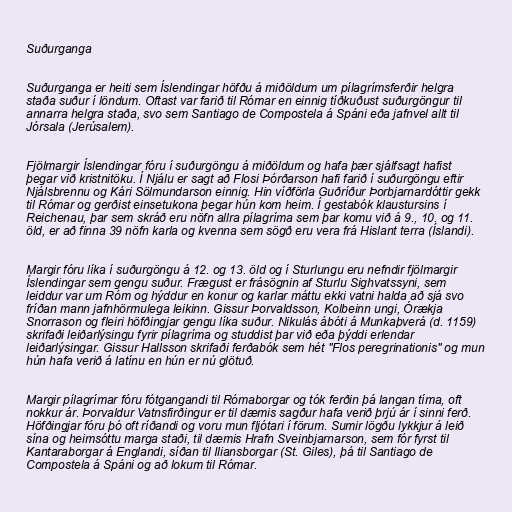
Suðurganga

Suðurganga er heiti sem Íslendingar höfðu á miðöldum um pílagrímsferðir helgra
staða suður í löndum. Oftast var farið til Rómar en einnig tíðkuðust suðurgöngur til
annarra helgra staða, svo sem Santiago de Compostela á Spáni eða jafnvel allt til
Jórsala (Jerúsalem).

Fjölmargir Íslendingar fóru í suðurgöngu á miðöldum og hafa þær sjálfsagt hafist
þegar við kristnitöku. Í Njálu er sagt að Flosi Þórðarson hafi farið í suðurgöngu eftir
Njálsbrennu og Kári Sölmundarson einnig. Hin víðförla Guðríður Þorbjarnardóttir gekk
til Rómar og gerðist einsetukona þegar hún kom heim. Í gestabók klaustursins í
Reichenau, þar sem skráð eru nöfn allra pílagríma sem þar komu við á 9., 10. og 11.
öld, er að finna 39 nöfn karla og kvenna sem sögð eru vera frá Hislant terra (Íslandi).

Margir fóru líka í suðurgöngu á 12. og 13. öld og í Sturlungu eru nefndir fjölmargir
Íslendingar sem gengu suður. Frægust er frásögnin af Sturlu Sighvatssyni, sem
leiddur var um Róm og hýddur en konur og karlar máttu ekki vatni halda að sjá svo
fríðan mann jafnhörmulega leikinn. Gissur Þorvaldsson, Kolbeinn ungi, Órækja
Snorrason og fleiri höfðingjar gengu líka suður. Nikulás ábóti á Munkaþverá (d. 1159)
skrifaði leiðarlýsingu fyrir pílagríma og studdist þar við eða þýddi erlendar
leiðarlýsingar. Gissur Hallsson skrifaði ferðabók sem hét "Flos peregrinationis" og mun
hún hafa verið á latínu en hún er nú glötuð.

Margir pílagrímar fóru fótgangandi til Rómaborgar og tók ferðin þá langan tíma, oft
nokkur ár. Þorvaldur Vatnsfirðingur er til dæmis sagður hafa verið þrjú ár í sinni ferð.
Höfðingjar fóru þó oft ríðandi og voru mun fljótari í förum. Sumir lögðu lykkjur á leið
sína og heimsóttu marga staði, til dæmis Hrafn Sveinbjarnarson, sem fór fyrst til
Kantaraborgar á Englandi, síðan til Iliansborgar (St. Giles), þá til Santiago de
Compostela á Spáni og að lokum til Rómar.